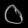
Digit: ၀